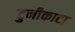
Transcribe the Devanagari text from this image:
टुनीकाटा